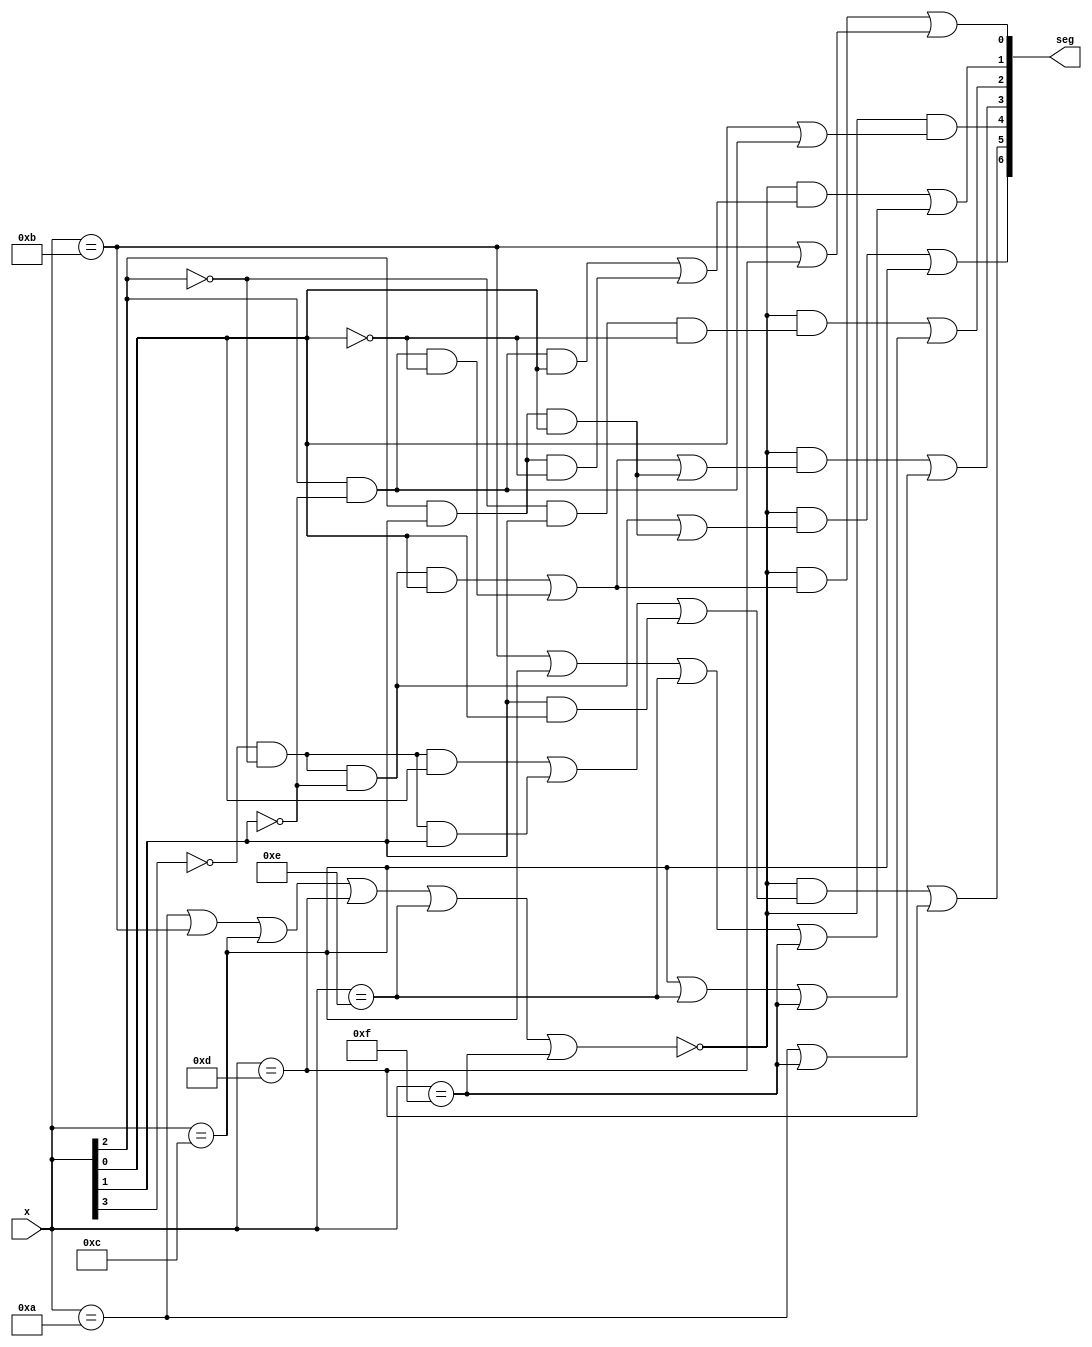
module BCDToLED(output [6:0] seg, input [3:0] x);
    wire ten = (x == 4'b1010);
    wire eleven = (x == 4'b1011);
    wire twelve = (x == 4'b1100);
    wire thirteen = (x == 4'b1101);
    wire fourteen = (x == 4'b1110);
    wire fifteen = (x == 4'b1111);
    wire two_digit = ten | eleven | twelve | thirteen | fourteen | fifteen;

    assign seg[0] = (~two_digit & ((~x[3] & ~x[2] & ~x[1] & x[0]) | (x[2] & ~x[1] & ~x[0]))) | (eleven | thirteen);
    assign seg[1] = (~two_digit & ((x[2] & ~x[1] & x[0]) | (x[2] & x[1] & ~x[0]))) | (eleven | twelve | fourteen | fifteen);
    assign seg[2] = (~two_digit & ((~x[2] & x[1] & ~x[0]))) | (twelve | fourteen | fifteen);
    assign seg[3] = (~two_digit & ((~x[3] & ~x[2] & ~x[1] & x[0]) | (x[2] & ~x[1] & ~x[0]) | (x[2] & x[1] & x[0]))) | (ten | fifteen);
    assign seg[4] = (~two_digit & ((x[0]) | (x[2] & ~x[1])));
    assign seg[5] = (~two_digit & ((~x[3] & ~x[2] & x[0]) | (~x[3] & ~x[2] & x[1]) | (x[1] & x[0]))) | (thirteen);
    assign seg[6] = (~two_digit & ((~x[3] & ~x[2] & ~x[1]) | (x[2] & x[1] & x[0]))) | (twelve);
endmodule
module hex_driver(output [6:0] seg, output [3:0] an, input [3:0] tho_dig, input [3:0] hun_dig, input [3:0] ten_dig, input [3:0] lsb_dig, input CLK_50MHZ);
    wire [6:0] tho_seg, hun_seg, ten_seg, lsb_seg;
    wire sc_circuit_clk;

    BCDToLED btl_lsb(.seg(lsb_seg), .x(lsb_dig));
    BCDToLED btl_ten(.seg(ten_seg), .x(ten_dig));
    BCDToLED btl_hun(.seg(hun_seg), .x(hun_dig));
    BCDToLED btl_tho(.seg(tho_seg), .x(tho_dig));

    clock_divider #(100000) cd1(.clk_in(CLK_50MHZ), .clk_out(sc_circuit_clk));

    scan_control sc_circuit(.seg(seg), .an(an), .tho_seg(tho_seg), .hun_seg(hun_seg), .ten_seg(ten_seg), .lsb_seg(lsb_seg), .clk(sc_circuit_clk));
endmodule